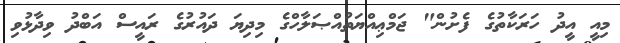
މިއީ އީދު ހަރަކާތުގެ ފެށުން" ޖަމްޢިއްޔަތުއްޞަލާހްގެ މިދިޔަ ދައުރުގެ ރައީސް އަބްދު ވިދާޅުވި